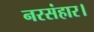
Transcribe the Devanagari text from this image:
नरसंहार।